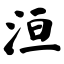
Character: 洹